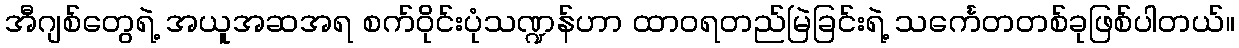
အီဂျစ်တွေရဲ့ အယူအဆအရ စက်ဝိုင်းပုံသဏ္ဍန်ဟာ ထာဝရတည်မြဲခြင်းရဲ့ သင်္ကေတတစ်ခုဖြစ်ပါတယ်။